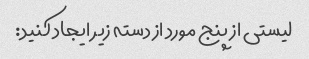
لیستی از پنج مورد از دسته زیر ایجاد کنید: